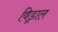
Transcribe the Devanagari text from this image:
विड्राल